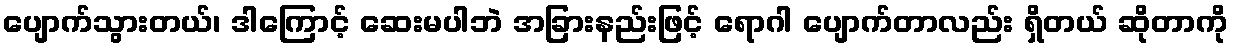
ပျောက်သွားတယ်၊ ဒါကြောင့် ဆေးမပါဘဲ အခြားနည်းဖြင့် ရောဂါ ပျောက်တာလည်း ရှိတယ် ဆိုတာကို